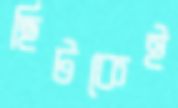
ছিটকেই